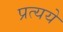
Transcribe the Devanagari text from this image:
प्रत्यये